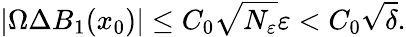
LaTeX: |\Omega\Delta B_{1}(x_{0})|\leq C_{0}\sqrt{N_{\varepsilon}}\varepsilon<C_{0}\sqrt{\delta}.